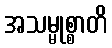
အသမ္မုစ္စာတိ